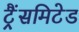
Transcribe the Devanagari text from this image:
ट्रैंसमिटेड